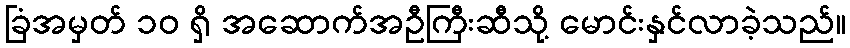
ခြံအမှတ် ၁၀ ရှိ အဆောက်အဦကြီးဆီသို့ မောင်းနှင်လာခဲ့သည်။